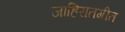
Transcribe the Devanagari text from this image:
जाहिरातगीत